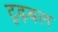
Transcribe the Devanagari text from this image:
दृढ़बल